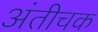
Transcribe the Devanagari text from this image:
अंतीचक